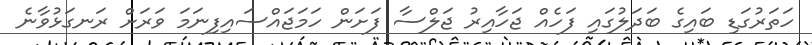
ހަތަރުގަޑި ބައިގެ ބަދަލުގައި ފަހެއް ޖަހާއިރު ޖަލްސާ ފަށަން ހަމަޖައްސައިފިނަމަ ވަރަށް ރަނގަޅުވާނެ